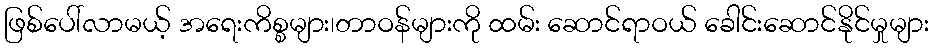
ဖြစ်ပေါ်လာမယ့် အရေးကိစ္စများ၊တာဝန်များကို ထမ်း ဆောင်ရာဝယ် ခေါင်းဆောင်နိုင်မှုများ